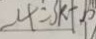
- 4 = 3 k + b